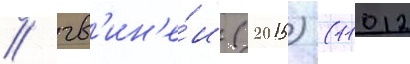
/ гв'ин'е́и (2015) (11012